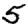
Digit: 5